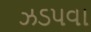
ઝડપવા